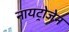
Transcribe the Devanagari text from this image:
नायट्रोजेन